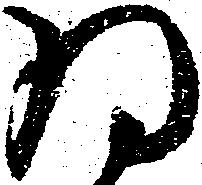
為